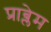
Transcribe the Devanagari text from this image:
प्राब्लेम